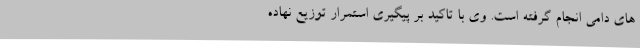
های دامی انجام گرفته است. وی با تاکید بر پیگیری استمرار توزیع نهاده